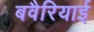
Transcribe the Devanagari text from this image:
बवैरियाई